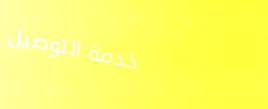
خدمة التوصيل